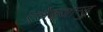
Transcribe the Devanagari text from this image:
एलेक्जान्ड्रु